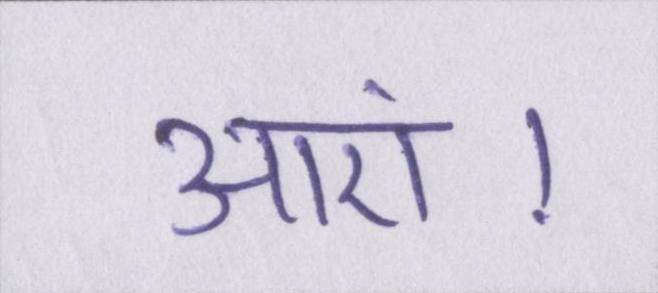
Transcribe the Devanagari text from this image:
आएं।